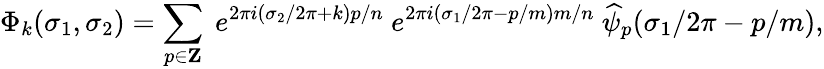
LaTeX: \Phi_{k}(\sigma_{1},\sigma_{2})=\sum_{p\in{\mathbf Z}}~e^{2\pi i(\sigma_{2}/2\pi+k)p/n}~e^{2\pi i(\sigma_{1}/2\pi-p/m)m/n}~\widehat{\psi}_{p}(\sigma_{1}/2\pi-p/m),